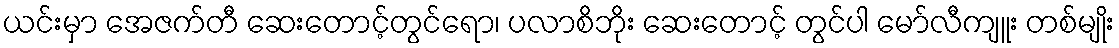
ယင်းမှာ အေဇက်တီ ဆေးတောင့်တွင်ရော၊ ပလာစိဘိုး ဆေးတောင့် တွင်ပါ မော်လီကျူး တစ်မျိုး